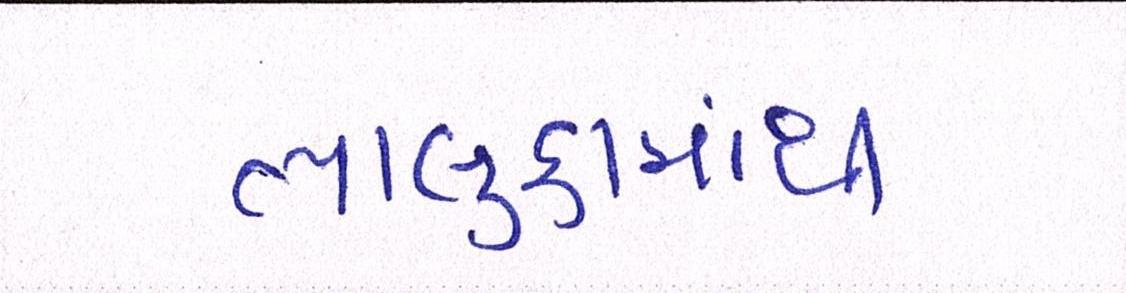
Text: તાલુકામાંથી